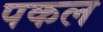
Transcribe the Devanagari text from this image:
पकल